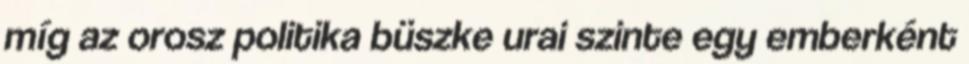
míg az orosz politika büszke urai szinte egy emberként